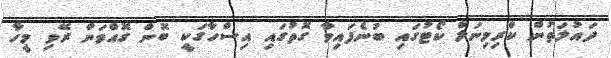
ދައުލަތުން ކްރިމިނަލް ކޯޓުގައި ބުނެފައިވާ ގޮތުގައި އިސްހާގަކީ ބޮން ގޮއްވަން ރޭވި މީހާ